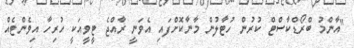
"އާންމު ބްރޯޑްކާސްޓް ކުރުން ހުޓާލުން މާނާކޮށްފައި އެވަނީ ރާއްޖެ ޓީވީއަކީ ހުރިހާ އިވެންޓެއް